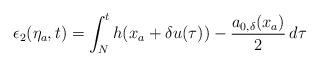
LaTeX: \begin{align*}\epsilon_2(\eta_a,t) = \int_N^t h(x_a+\delta u(\tau))-\dfrac{a_{0,\delta}(x_a)}{2}\,d\tau\end{align*}